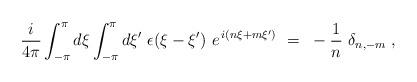
LaTeX: \begin{align*}\frac{i}{4 \pi} \int_{-\pi}^{\pi} d \xi \int_{-\pi}^{\pi} d \xi' ~ \epsilon(\xi - \xi') ~ e^{\, i (n \xi + m \xi') }~ =~ - \frac{1}{n}~ \delta_{n,-m} \; , \end{align*}